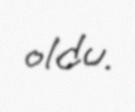
oldu.